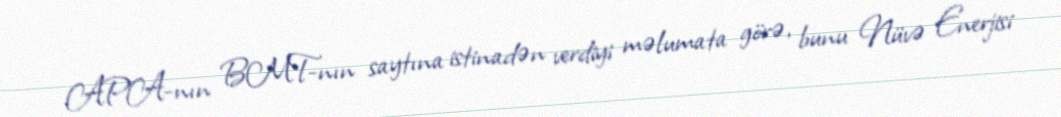
APA-nın BMT-nın saytına istinadən verdiyi məlumata görə, bunu Nüvə Enerjisi